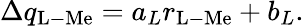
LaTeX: \Delta q_{\mathrm{L-Me}}=a_{L}r_{\mathrm{L-Me}}+b_{L}.